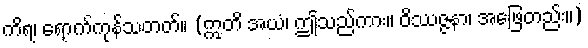
ကိရ၊ ရောက်ကုန်သတတ်။ (ဣတိ အယံ၊ ဤသည်ကား။ ဝိဿဇ္ဇနာ၊ အဖြေတည်း။)